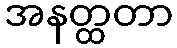
အနတ္ထတာ